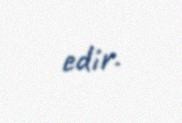
edir.